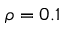
\rho = 0 . 1